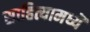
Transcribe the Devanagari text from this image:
साहित्यामध्यॆ